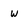
Character: w